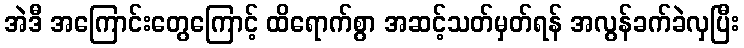
အဲဒီ အကြောင်းတွေကြောင့် ထိရောက်စွာ အဆင့်သတ်မှတ်ရန် အလွန်ခက်ခဲလှပြီး